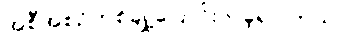
အစီအစဉ်တစ်ချို့ပြောင်းလဲခဲ့ရပါတယ်။